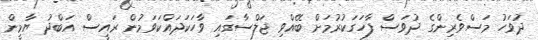
ދުވަހު މަސްވެރިންގެ ދުވަސް ފާހަގަކުރުމަށް ބޭއްވި ޖަލްސާގައި ވާހަކަދައްކަވަމުން ރައީސް އަބްދު ޔާމީން